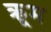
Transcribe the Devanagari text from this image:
क्रूम